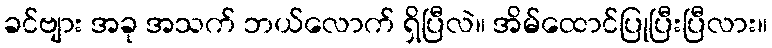
ခင်ဗျား အခု အသက် ဘယ်လောက် ရှိပြီလဲ။ အိမ်ထောင်ပြုပြီးပြီလား။